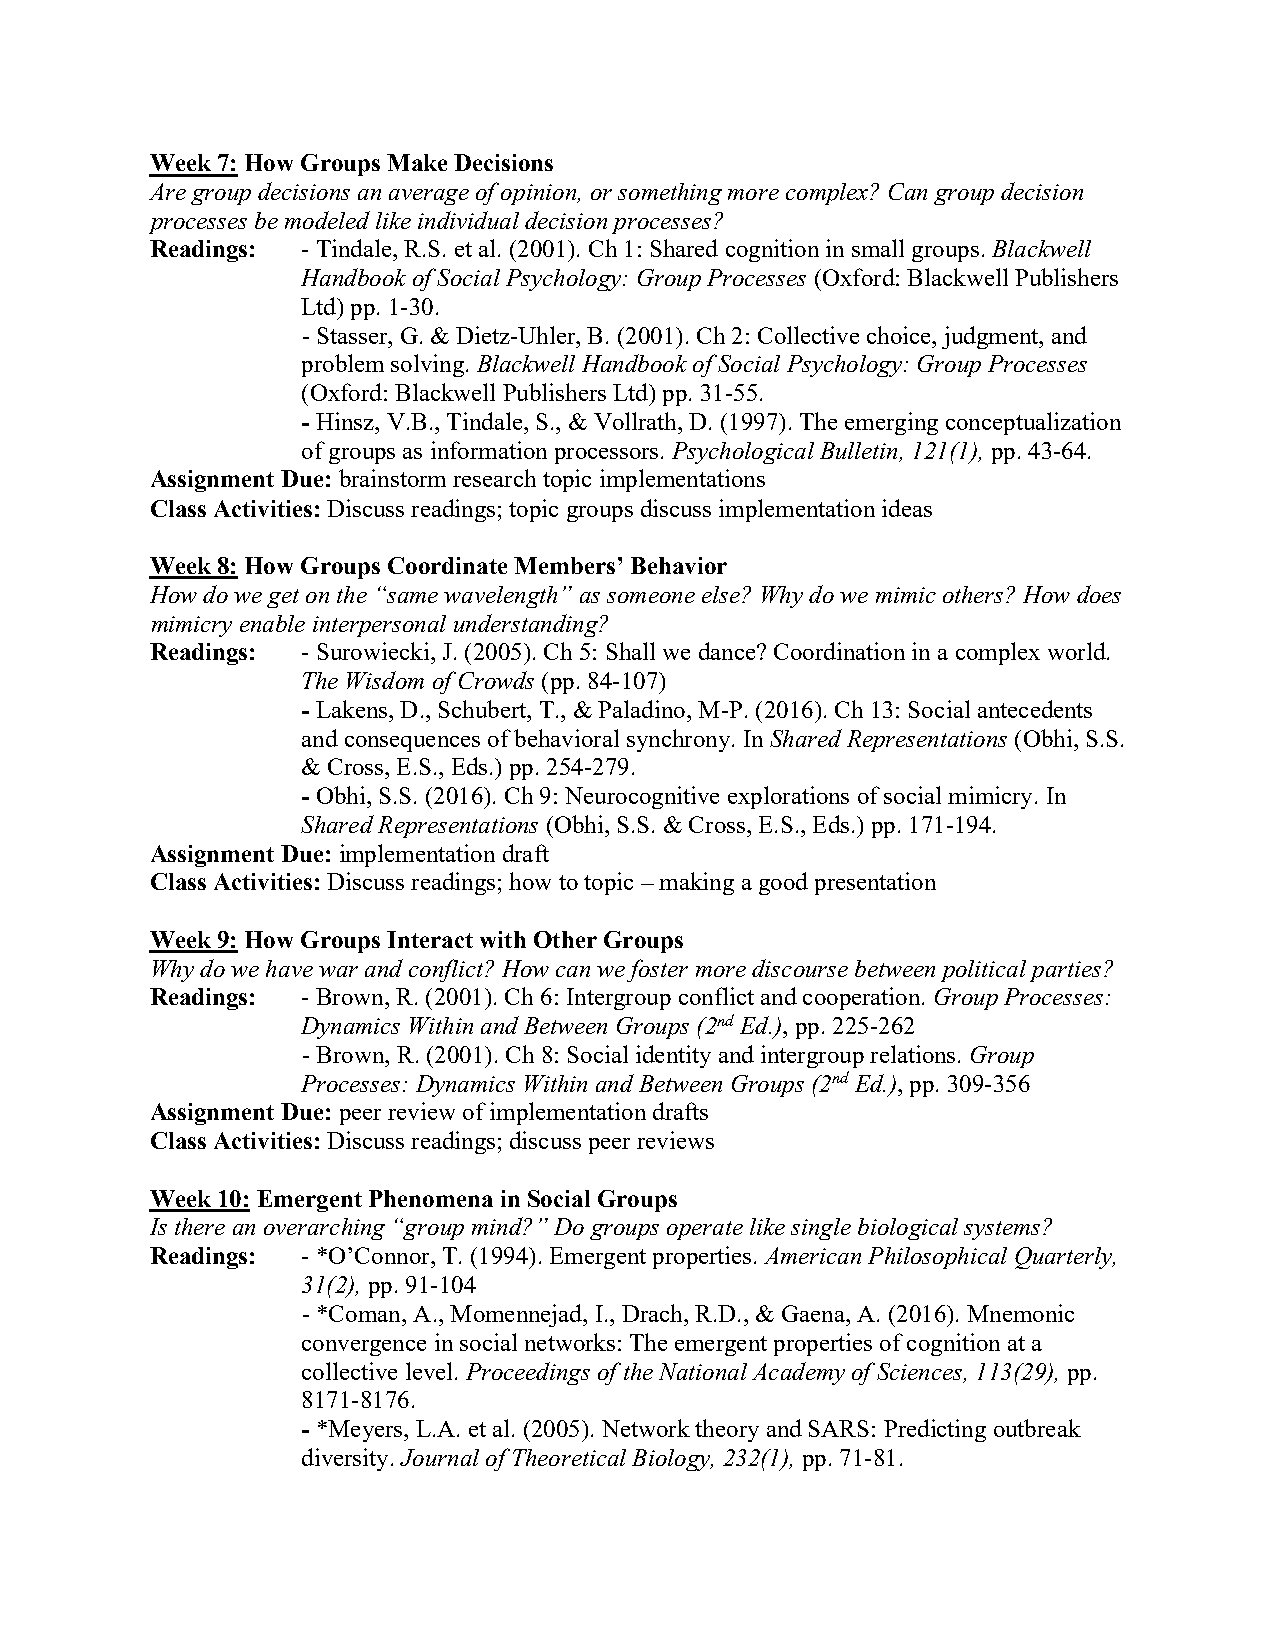
Week 7: How Groups Make Decisions
 Are group decisions an average of opinion, or something more complex? Can group decision
 processes be modeled like individual decision processes?
 Readings: - Tindale, R.S. et al. (2001). Ch 1: Shared cognition in small groups. Blackwell
 Handbook of Social Psychology: Group Processes (Oxford: Blackwell Publishers
 Ltd) pp. 1-30.
 - Stasser, G. & Dietz-Uhler, B. (2001). Ch 2: Collective choice, judgment, and
 problem solving. Blackwell Handbook of Social Psychology: Group Processes
 (Oxford: Blackwell Publishers Ltd) pp. 31-55.
 - Hinsz, V.B., Tindale, S., & Vollrath, D. (1997). The emerging conceptualization
 of groups as information processors. Psychological Bulletin, 121(1), pp. 43-64.
 Assignment Due: brainstorm research topic implementations
 Class Activities: Discuss readings; topic groups discuss implementation ideas
 Week 8: How Groups Coordinate Members’ Behavior
 How do we get on the “same wavelength” as someone else? Why do we mimic others? How does
 mimicry enable interpersonal understanding?
 Readings: - Surowiecki, J. (2005). Ch 5: Shall we dance? Coordination in a complex world.
 The Wisdom of Crowds (pp. 84-107)
 - Lakens, D., Schubert, T., & Paladino, M-P. (2016). Ch 13: Social antecedents
 and consequences of behavioral synchrony. In Shared Representations (Obhi, S.S.
 & Cross, E.S., Eds.) pp. 254-279.
 - Obhi, S.S. (2016). Ch 9: Neurocognitive explorations of social mimicry. In
 Shared Representations (Obhi, S.S. & Cross, E.S., Eds.) pp. 171-194.
 Assignment Due: implementation draft
 Class Activities: Discuss readings; how to topic – making a good presentation
 Week 9: How Groups Interact with Other Groups
 Why do we have war and conflict? How can we foster more discourse between political parties?
 Readings: - Brown, R. (2001). Ch 6: Intergroup conflict and cooperation. Group Processes:
 Dynamics Within and Between Groups (2nd Ed.), pp. 225-262
 - Brown, R. (2001). Ch 8: Social identity and intergroup relations. Group
 Processes: Dynamics Within and Between Groups (2nd Ed.), pp. 309-356
 Assignment Due: peer review of implementation drafts
 Class Activities: Discuss readings; discuss peer reviews
 Week 10: Emergent Phenomena in Social Groups
 Is there an overarching “group mind?” Do groups operate like single biological systems?
 Readings: - *O’Connor, T. (1994). Emergent properties. American Philosophical Quarterly,
 31(2), pp. 91-104
 - *Coman, A., Momennejad, I., Drach, R.D., & Gaena, A. (2016). Mnemonic
 convergence in social networks: The emergent properties of cognition at a
 collective level. Proceedings of the National Academy of Sciences, 113(29), pp.
 8171-8176.
 - *Meyers, L.A. et al. (2005). Network theory and SARS: Predicting outbreak
 diversity. Journal of Theoretical Biology, 232(1), pp. 71-81.